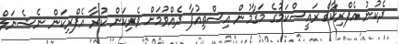
ދެކުނު އެފްރިކާގެ ރައީސްކަމުގެ މަގާމުން އިސްތިއުފާ ދެއްވުމަށް ވެރިކަން ކުރާ އެފްރިކަން ނެޝެނަލް